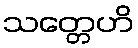
သတ္တေဟိ